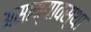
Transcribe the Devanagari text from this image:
असाम्यावस्था